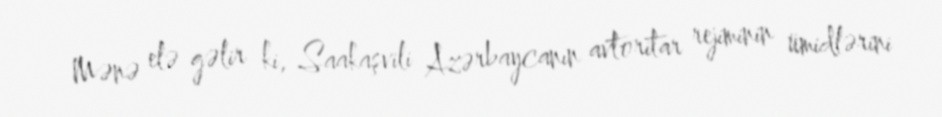
Mənə elə gəlir ki, Saakaşvili Azərbaycanın avtoritar rejiminin ümidlərini